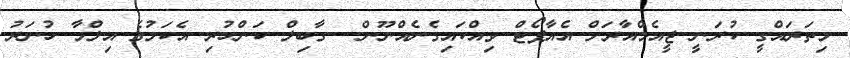
މިތަރައްގީ ކުރަނީ ޖީއެމްއާރަށް އެއާޕޯޓް ވިއްކައިގެނެއްނޫން. ..ގާބިލް ކަންހުރި އެކަމުގެ އިލްމާ ހުނަރު